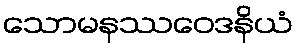
သောမနဿဝေဒနိယံ